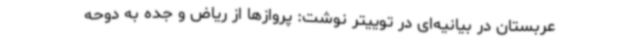
عربستان در بیانیه‌ای در توییتر نوشت: پروازها از ریاض و جده به دوحه